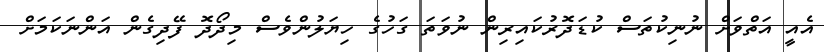
އެއީ އަތްވަށް ނުނިކުތަސް ކުޑަދޮރުކައިރިން ނުވަތަ ގަހުގެ ހިޔަލުންވެސް މިދޯދޮ ފޭދިގެން އަންނަކަމަށް